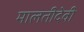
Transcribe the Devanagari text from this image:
मालतीदेवी